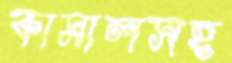
কামালসহ